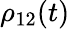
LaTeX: \rho_{12}(t)